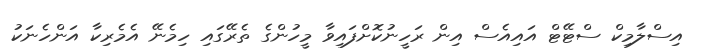
އިސްލާމިކް ސްޓޭޓް އައިއެސް އިން ރަހީނުކޮށްފައިވާ މީހުންގެ ތެރޭގައި ހިމެނޭ އެމެރިކާ އަންހެނަކު